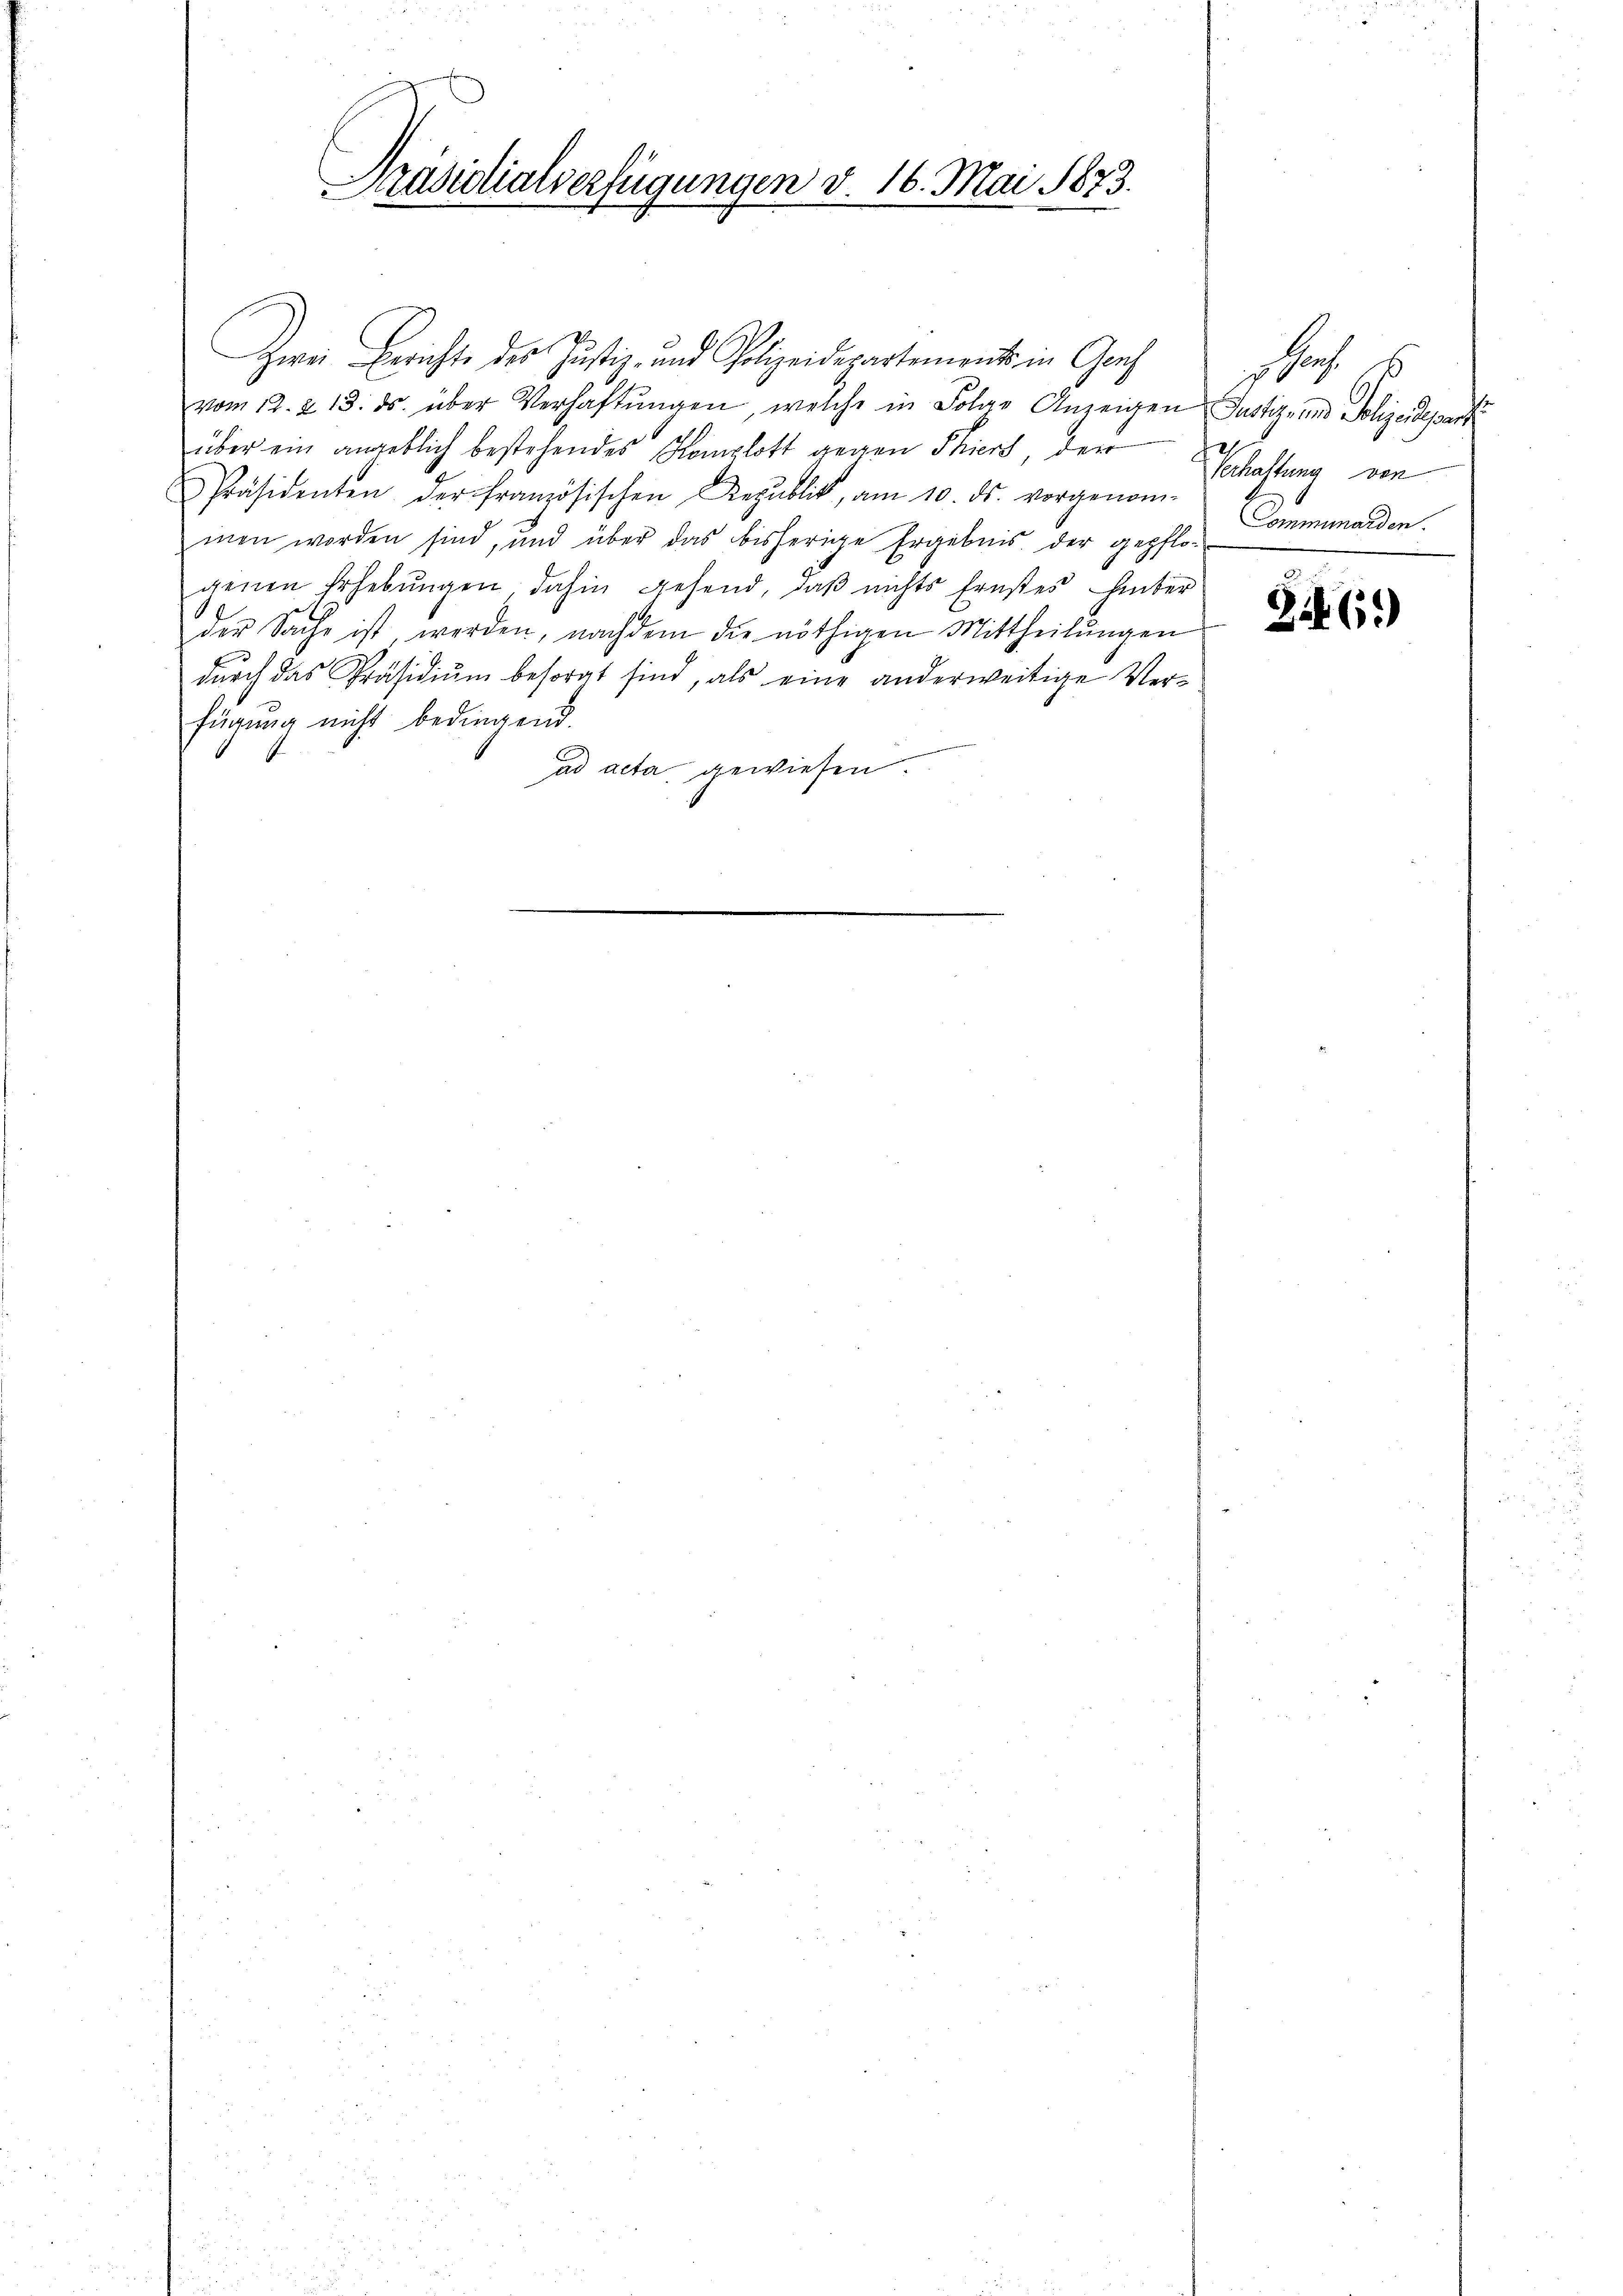
Präsidialverfügungen d. 16. Mai 1873.

.
Zwei Berichte des Justiz- und Polizeidepartements in Graf
vom 12. 2. 13. ds. über Verhaftŭngen, welche in Folge Anzeigen Justiz- und Jolizeideparti
über ein angeblich bestehendes Komplott gegen Thiers, der
Präsidenten der Französischen Republik, am 10. ds. vorgenom-
men worden sind, und über das bisherige Ergebnis der gepflo-
genen Erhebungen dahin gehend, daß nichts Ernstes hinter
der Sache ist, werden, nachdem die nöthigen Mittheilŭngen
dŭrch das Präsidiŭm besorgt sind, als eine anderweitige Verfügung nicht bedingend.
wein einigen
ad acta gewiesen.

h 5
21
Verhaftung von
Communarden.

Zif. 69)